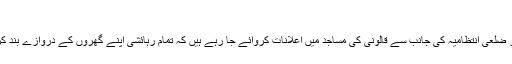
(خبر جاری ہے)
تفصیلات کے مطابق دہشت گردوں کے کالونی میں داخل ہونے پر ضلعی انتظامیہ کی جانب سے قالونی کی مساجد میں اعلانات کروائے جا رہے ہیں کہ تمام رہائشی اپنے گھروں کے دروازے بند کر دیں اور کسی بھی انجان شخص کو گھر میں داخل نہ ہونے دیں ۔